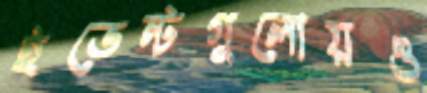
ইভেন্টগুলোয়ও